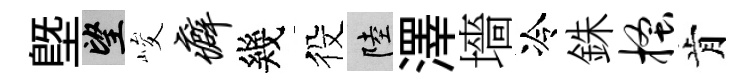
塈望峻癖幾役陸澤墻冷銖搔肯